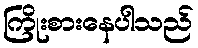
ကြိုးစားနေပါသည်